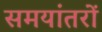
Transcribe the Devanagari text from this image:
समयांतरों